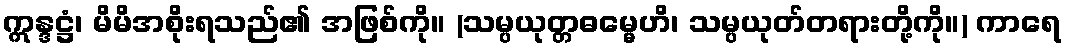
ဣန္ဒဋ္ဌံ၊ မိမိအစိုးရသည်၏ အဖြစ်ကို။ (သမ္ပယုတ္တဓမ္မေဟိ၊ သမ္ပယုတ်တရားတို့ကို။) ကာရေ